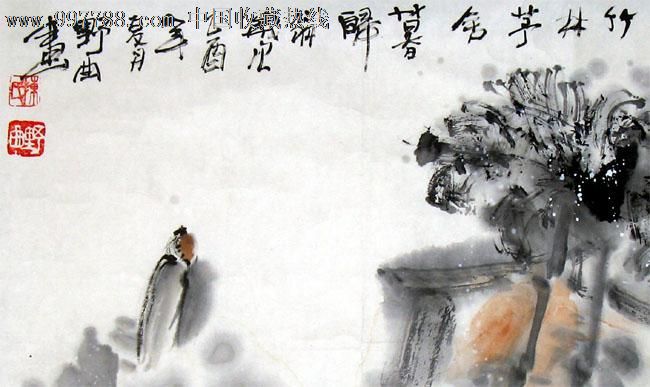
浮云暮南征，可望不可攀。